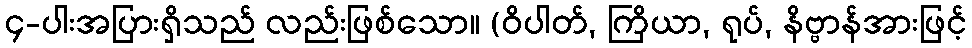
၄-ပါးအပြားရှိသည် လည်းဖြစ်သော။ (ဝိပါတ်, ကြိယာ, ရုပ်, နိဗ္ဗာန်အားဖြင့်